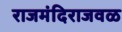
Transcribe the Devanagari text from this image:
राजमंदिराजवळ